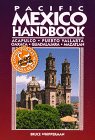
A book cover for Pacific Mexico Handbook: Acapulco, Puerto Vallarta, Oaxaca, Guadalajara, Mazatlan (1995 Edition); Bruce Whipperman; Travel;